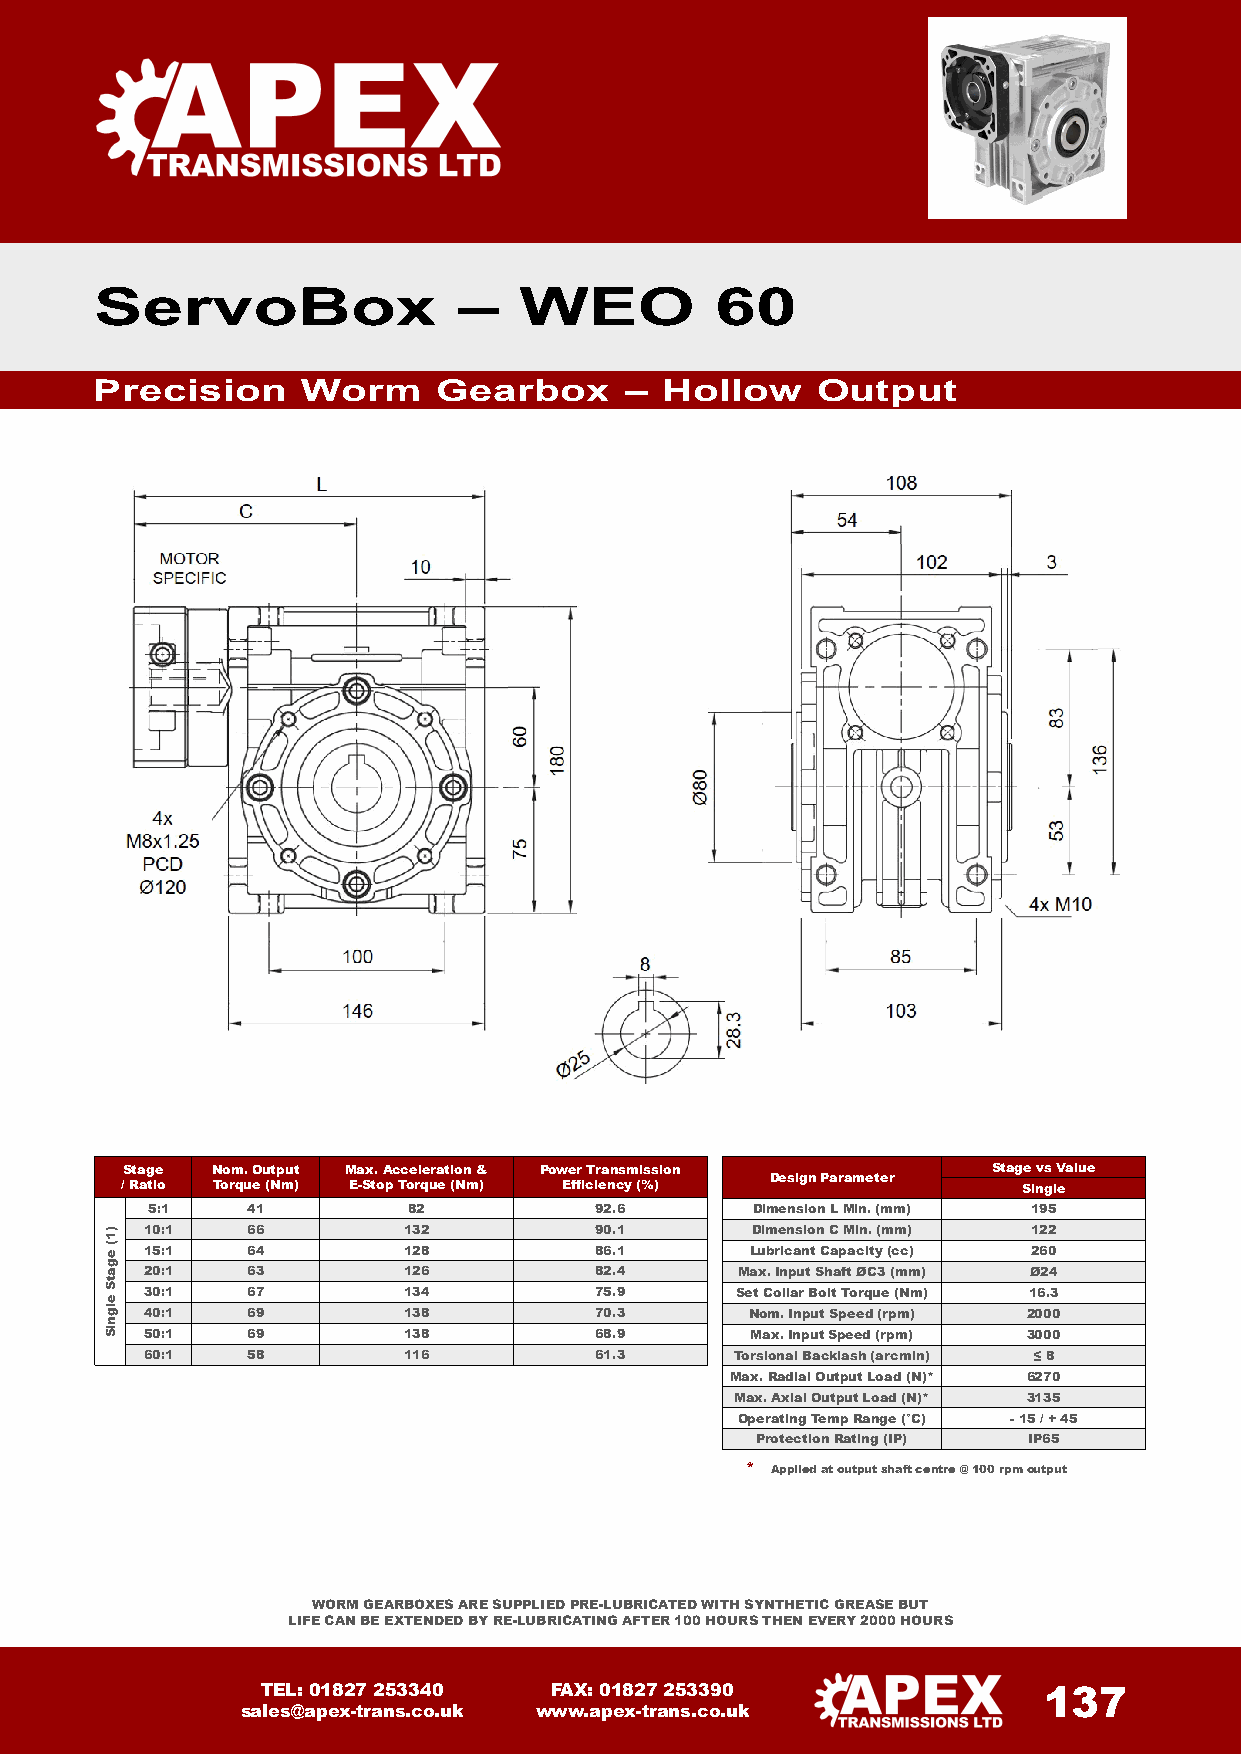
ServoBox                –   WEO          60
 Precision     Worm     Gearbox     –  Hollow    Output
 Stage Nom.Output Max.Acceleration & Power Transmission    Stage vs Value
 Design Parameter
 / Ratio Torque (Nm) E-Stop Torque (Nm) Efficiency (%)       Single
 5:1   41         82          92.6       Dimension LMin. (mm) 195
 10:1  66         132         90.1       Dimension C Min. (mm) 122
 15:1  64         128         86.1       Lubricant Capacity(cc) 260
 20:1  63         126         82.4      Max. Input Shaft ØC3 (mm) Ø24
 30:1  67         134         75.9      Set Collar Bolt Torque (Nm) 16.3
 40:1  69         138         70.3       Nom. Input Speed(rpm) 2000
 50:1  69         138         68.9       Max.InputSpeed (rpm) 3000
 60:1  58         116         61.3      Torsional Backlash (arcmin) ≤ 8
 Max.Radial Output Load (N)* 6270
 Max. Axial Output Load (N)* 3135
 OperatingTempRange (°C) -15 /+ 45
 ProtectionRating (IP) IP65
 * Applied at output shaft centre @ 100 rpm output
 WORM GEARBOXES ARE SUPPLIED PRE-LUBRICATED WITH SYNTHETIC GREASE BUT
 LIFE CAN BE EXTENDED BY RE-LUBRICATING AFTER 100 HOURS THEN EVERY 2000 HOURS
 TEL: 01827 253340  FAX: 01827 253390                137
 sales@apex-trans.co.uk www.apex-trans.co.uk
 )1(
 egatS
 elgniS